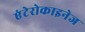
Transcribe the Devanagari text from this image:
एंटेरोकाइनेज